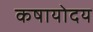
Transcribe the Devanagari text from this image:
कषायोदय